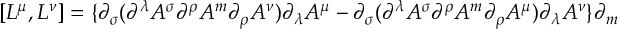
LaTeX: [ L ^ { \mu } , L ^ { \nu } ] = \{ \partial _ { \sigma } ( \partial ^ { \lambda } A ^ { \sigma } \partial ^ { \rho } A ^ { m } \partial _ { \rho } A ^ { \nu } ) \partial _ { \lambda } A ^ { \mu } - \partial _ { \sigma } ( \partial ^ { \lambda } A ^ { \sigma } \partial ^ { \rho } A ^ { m } \partial _ { \rho } A ^ { \mu } ) \partial _ { \lambda } A ^ { \nu } \} \partial _ { m }